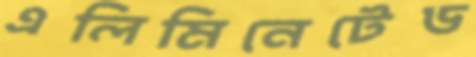
এলিমিনেটেড